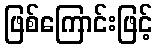
ဖြစ်ကြောင်းဖြင့်